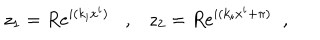
z _ { 1 } = R e ^ { i ( k _ { i } x ^ { i } ) } , z _ { 2 } = R e ^ { i ( k _ { i } x ^ { i } + \pi ) } \; \; ,